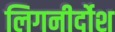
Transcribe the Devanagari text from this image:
लिगनीर्दोश